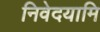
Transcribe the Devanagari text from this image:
निवेदयामि